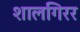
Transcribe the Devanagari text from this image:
शालगिरर